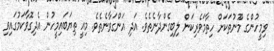
ވިމީހުންގެ މޫނުތަކަށް ހިތާމަވެރިކަން ލިބިގެންދާނެތެވެ. އަދި އަންގަވާނެތެވެ. މިއީ ތިޔަބައިމީހުން އެދިގޮވާކަމުގައިވި